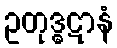
ဥတုဒ္ဓဋာနံ